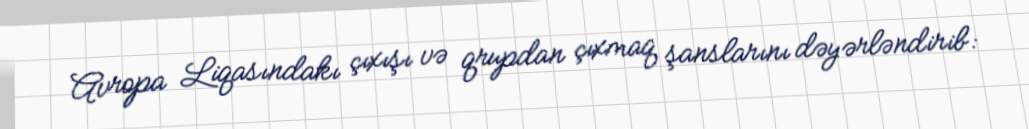
Avropa Liqasındakı çıxışı və qrupdan çıxmaq şanslarını dəyərləndirib: